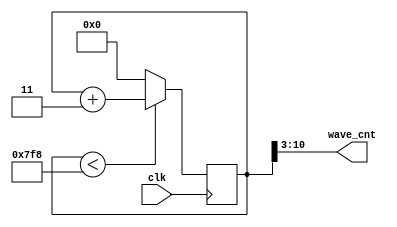
module tri_wave(
input clk,
output [7:0] wave_cnt
);
reg [10:0] wave = 0;
always@(posedge clk)
begin
	if(wave < 12'd2040)
		wave <= wave + 11'd3;
	else
		wave <= 11'd0;
end
assign wave_cnt[7:0] = wave[10:3];
endmodule